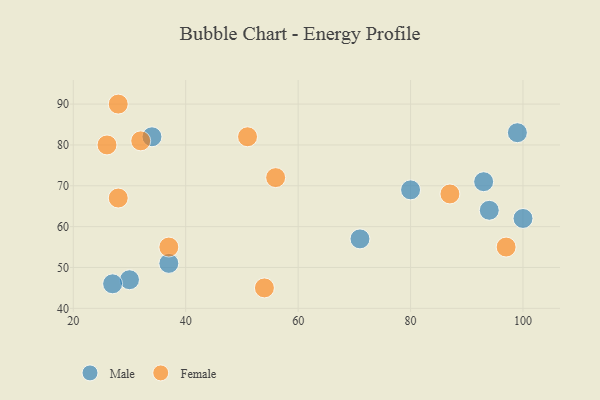
{"axis": {"x": "GDP", "y": "Life Expectancy"}, "legend": ["Female", "Male"], "data": [{"x": "71", "y": 57, "type": "Male"}, {"x": "30", "y": 47, "type": "Male"}, {"x": "27", "y": 46, "type": "Male"}, {"x": "93", "y": 71, "type": "Male"}, {"x": "99", "y": 83, "type": "Male"}, {"x": "37", "y": 51, "type": "Male"}, {"x": "100", "y": 62, "type": "Male"}, {"x": "80", "y": 69, "type": "Male"}, {"x": "34", "y": 82, "type": "Male"}, {"x": "94", "y": 64, "type": "Male"}, {"x": "26", "y": 80, "type": "Female"}, {"x": "28", "y": 90, "type": "Female"}, {"x": "32", "y": 81, "type": "Female"}, {"x": "54", "y": 45, "type": "Female"}, {"x": "28", "y": 67, "type": "Female"}, {"x": "56", "y": 72, "type": "Female"}, {"x": "87", "y": 68, "type": "Female"}, {"x": "97", "y": 55, "type": "Female"}, {"x": "51", "y": 82, "type": "Female"}, {"x": "37", "y": 55, "type": "Female"}]}